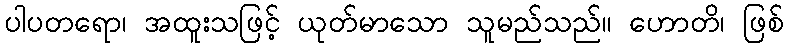
ပါပတရော၊ အထူးသဖြင့် ယုတ်မာသော သူမည်သည်။ ဟောတိ၊ ဖြစ်